Civil Veterinary Department. Madras. Admin. report 1926-33 - 1926-1933
Year: 1926
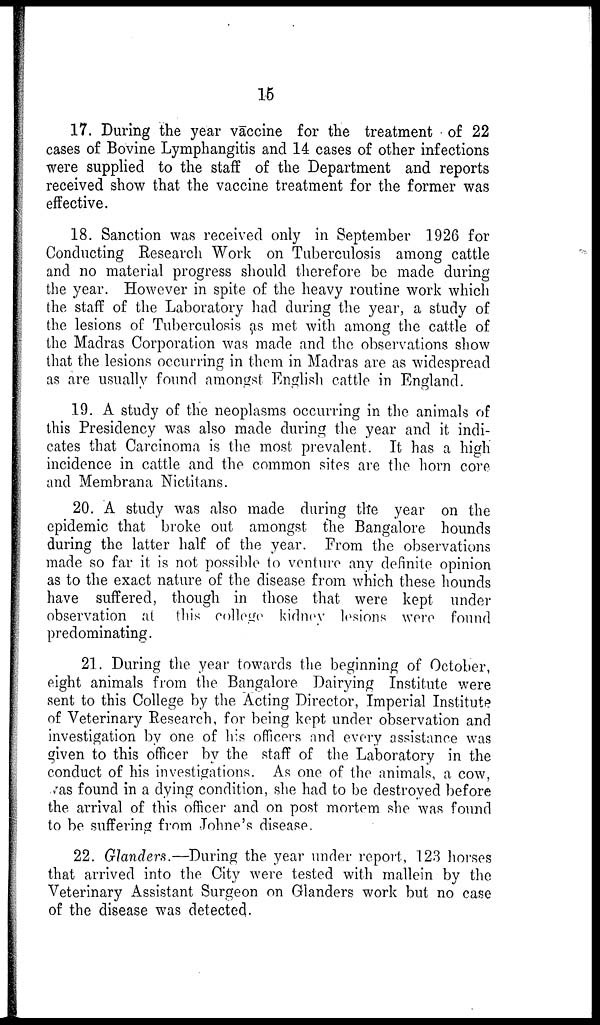
15
17. During the year vaccine for the treatment of 22
cases of Bovine Lymphangitis and 14 cases of other infections
were supplied to the staff of the Department and reports
received show that the vaccine treatment for the former was
effective.
18. Sanction was received only in September 1926 for
Conducting Research Work on Tuberculosis among cattle
and no material progress should therefore be made during
the year. However in spite of the heavy routine work which
the staff of the Laboratory had during the year, a study of
the lesions of Tuberculosis as met with among the cattle of
the Madras Corporation was made and the observations show
that the lesions occurring in them in Madras are as widespread
as are usually found amongst English cattle in England.
19. A study of the neoplasms occurring in the animals of
this Presidency was also made during the year and it indi-
cates that Carcinoma is the most prevalent. It has a high
incidence in cattle and the common sites are the horn core
and Membrana Nictitans.
20. A study was also made during the year on the
epidemic that broke out amongst the Bangalore hounds
during the latter half of the year. From the observations
made so far it is not possible to venture any definite opinion
as to the exact nature of the disease from which these hounds
have suffered, though in those that were kept under
observation at this college kidney lesions were found
predominating.
21. During the year towards the beginning of October,
eight animals from the Bangalore Dairying Institute were
sent to this College by the Acting Director, Imperial Institute
of Veterinary Research, for being kept under observation and
investigation by one of his officers and every assistance was
given to this officer by the staff of the Laboratory in the
conduct of his investigations. As one of the animals, a cow,
was found in a dying condition, she had to be destroyed before
the arrival of this officer and on post mortem she was found
to be suffering from Johne's disease.
22. Glanders.—During the year under report, 123 horses
that arrived into the City were tested with mallein by the
Veterinary Assistant Surgeon on Glanders work but no case
of the disease was detected.